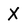
Character: X